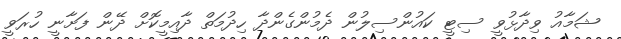
ޝަމާއު ވިދާޅުވީ ސިޓީ ކައުންސިލުން ދެމުންގެންދާ ހިދުމަތް ދާއިމީކޮށް ދޭން ފަށާނީ ހުރަވީ